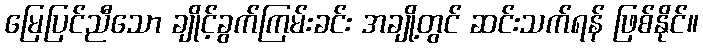
မြေပြင်ညီသော ချိုင့်ခွက်ကြမ်းခင်း အချို့တွင် ဆင်းသက်ရန် ဖြစ်နိုင်။